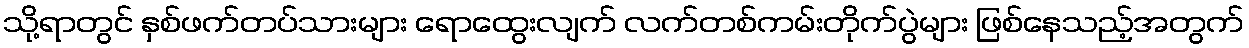
သို့ရာတွင် နှစ်ဖက်တပ်သားများ ရောထွေးလျက် လက်တစ်ကမ်းတိုက်ပွဲများ ဖြစ်နေသည့်အတွက်